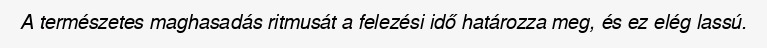
A természetes maghasadás ritmusát a felezési idő határozza meg, és ez elég lassú.